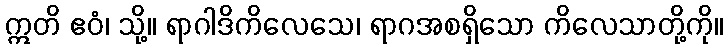
ဣတိ ဧဝံ၊ သို့။ ရာဂါဒိကိလေသေ၊ ရာဂအစရှိသော ကိလေသာတို့ကို။